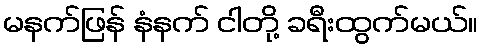
မနက်ဖြန် နံနက် ငါတို့ ခရီးထွက်မယ်။